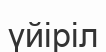
үйіріл